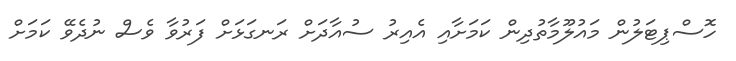
ހޮސްޕިޓަލުން މައުލޫމާތުދިން ކަމަށާއި އެއިރު ސުއާދަށް ރަނގަޅަށް ފަރުވާ ވެސް ނުދެވޭ ކަމަށް